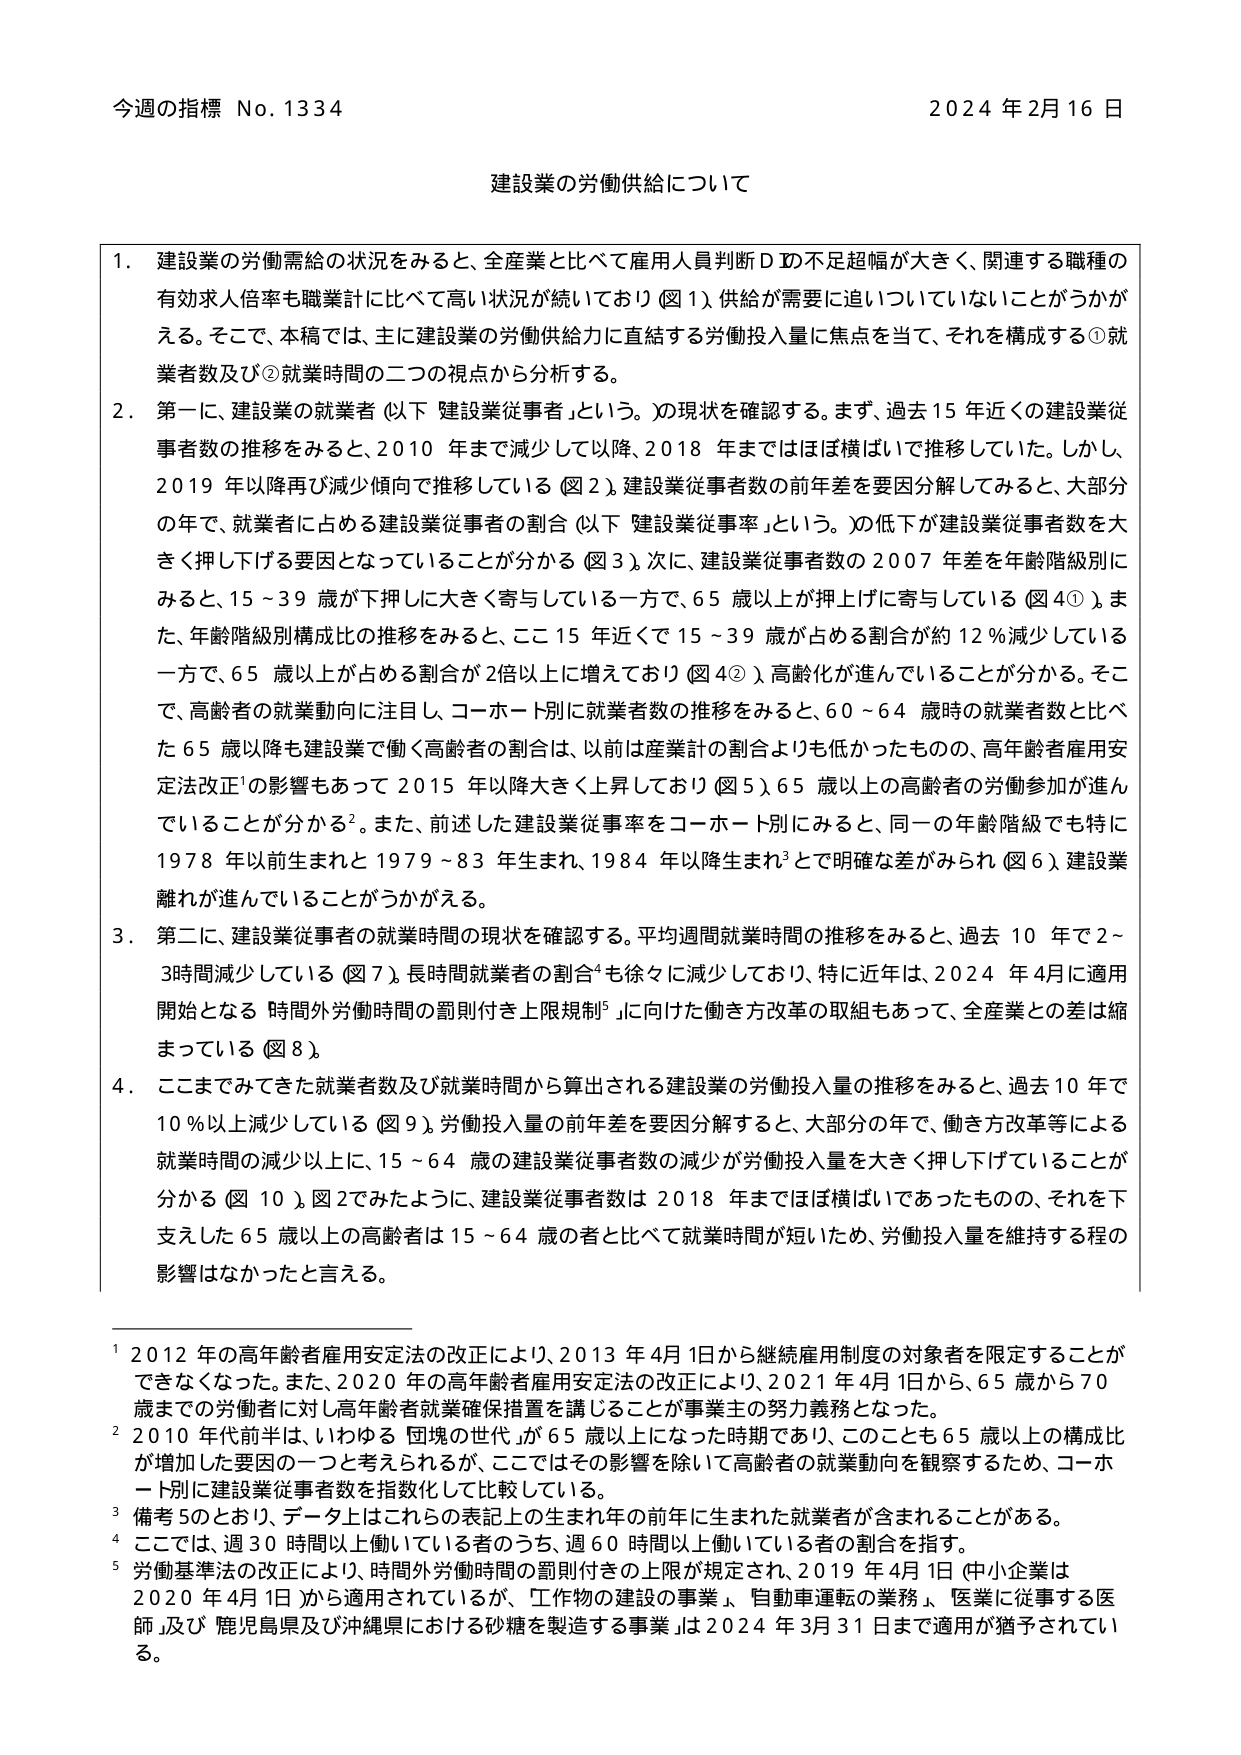
今週の指標 No. 1334 2024 年 2月 16 日

建設業の労働供給について

1. 建設業の労働需給の状況をみると、全産業と比べて雇用人員判断 D D不足幅が大きく、関連する職種の有効求人倍率も職業計に比べて高い状況が続いており（図 1）、供給が需要に追いついていないことがうかがえる。そこで、本稿では、主に建設業の労働供給力に直結する労働投入量に焦点を当て、それを構成する①就業者数及び②就業時間の二つの視点から分析する。

2. 第一に、建設業の就業者（以下「建設業従事者」という。）の現状を確認する。まず、過去 15 年近くの建設業従事者数の推移をみると、2010 年まで減少して以降、2018 年まではほぼ横ばいで推移していた。しかし、2019 年以降再び減少傾向で推移している（図 2）。建設業従事者数の前年差を要因分解してみると、大部分の年で、就業者に占める建設業従事者の割合（以下「建設業従事率」という。）の低下が建設業従事者数を大きく押し下げる要因となっていることが分かる（図 3）。次に、建設業従事者数の 2007 年差を年齢階級別にみると、15～39 歳が下押しに大きく寄与している一方で、65 歳以上が押上げに寄与している（図 4①）。また、年齢階級別構成比の推移をみると、ここ 15 年近くで 15～39 歳が占める割合が約 12％減少している一方で、65 歳以上が占める割合が 2倍以上に増えており（図 4②）、高齢化が進んでいることが分かる。そこで、高齢者の就業動向に注目し、コホート別に就業者数の推移をみると、60～64 歳時の就業者数と比べた 65 歳以降も建設業で働く高齢者の割合は、以前は産業計の割合よりも低かったものの、高年齢者雇用安定法改正¹の影響もあって 2015 年以降大きく上昇しており（図 5）、65 歳以上の高齢者の労働参加が進んでいることが分かる²。また、前述した建設業従事率をコホート別にみると、同一の年齢階級でも特に 1978 年以前生まれと 1979～83 年生まれ、1984 年以降生まれ³とで明確な差がみられ（図 6）、建設業離れが進んでいることがうかがえる。

3. 第二に、建設業従事者の就業時間の現状を確認する。平均週間就業時間の推移をみると、過去 10 年で 2～3時間減少している（図 7）。長時間就業者の割合⁴も徐々に減少しており、特に近年は、2024 年 4月に適用開始となる「時間外労働時間の罰則付き上限規制⁵」に向けた働き方改革の取組もあって、全産業との差は縮まっている（図 8）。

4. ここまでみてきた就業者数及び就業時間から算出される建設業の労働投入量の推移をみると、過去 10 年で 10％以上減少している（図 9）。労働投入量の前年差を要因分解すると、大部分の年で、働き方改革等による就業時間の減少以上に、15～64 歳の建設業従事者数の減少が労働投入量を大きく押し下げていることが分かる（図 10）。図 2でみたように、建設業従事者数は 2018 年まではほぼ横ばいであったものの、それを下支えした 65 歳以上の高齢者は 15～64 歳の者と比べて就業時間が短いため、労働投入量を維持する程の影響はなかったと言える。

¹ 2012 年の高年齢者雇用安定法の改正により、2013 年 4月 1日から継続雇用制度の対象者を限定することができなくなった。また、2020 年の高年齢者雇用安定法の改正により、2021 年 4月 1日から、65 歳から 70 歳までの労働者に対し高年齢者就業確保措置を講じることが事業主の努力義務となった。

² 2010 年代前半は、いわゆる「団塊の世代」が 65 歳以上になった時期であり、このことも 65 歳以上の構成比が増加した要因の一つと考えられるが、ここではその影響を除いて高齢者の就業動向を観察するため、コホート別に建設業従事者数を指数化して比較している。

³ 備考 5のとおり、データ上はこれらの表記上の生まれ年の前年に生まれた就業者が含まれることがある。

⁴ ここでは、週 30 時間以上働いている者のうち、週 60 時間以上働いている者の割合を指す。

⁵ 労働基準法の改正により、時間外労働時間の罰則付きの上限が規定され、2019 年 4月 1日（中小企業は 2020 年 4月 1日）から適用されているが、「工作物の建設の事業」、「自動車運転の業務」、「医業に従事する医師」及び「鹿児島県及び沖縄県における砂糖を製造する事業」は 2024 年 3月 31 日まで適用が猶予されている。